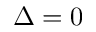
\Delta = 0